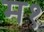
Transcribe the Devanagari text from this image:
म१